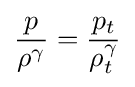
{\frac {p}{\rho ^{\gamma }}}={\frac {p_{t}}{\rho _{t}^{\gamma }}}